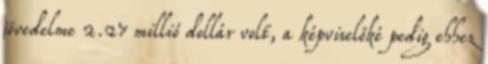
jövedelme 2.27 millió dollár volt, a képviselőké pedig ehhez